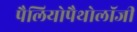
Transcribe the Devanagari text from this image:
पैलियोपैथोलॉजी